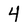
Character: 4